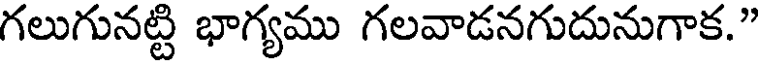
గలుగునట్టి భాగ్యము గలవాడనగుదునుగాక."